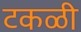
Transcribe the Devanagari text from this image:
टकळी